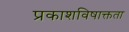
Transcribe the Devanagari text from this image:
प्रकाशविषाक्तता